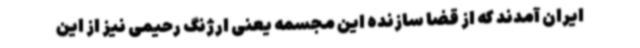
ایران آمدند که از قضا سازنده این مجسمه یعنی ارژنگ رحیمی نیز از این